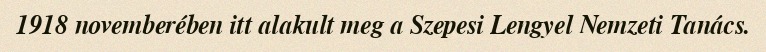
1918 novemberében itt alakult meg a Szepesi Lengyel Nemzeti Tanács.